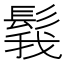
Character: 𩭝